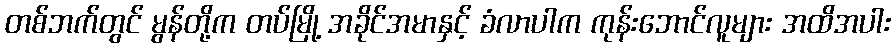
တစ်ဘက်တွင် မွန်တို့က တပ်မြို့ အခိုင်အမာနှင့် ခံလာပါက ကုန်းဘောင်လူများ အထိအပါး